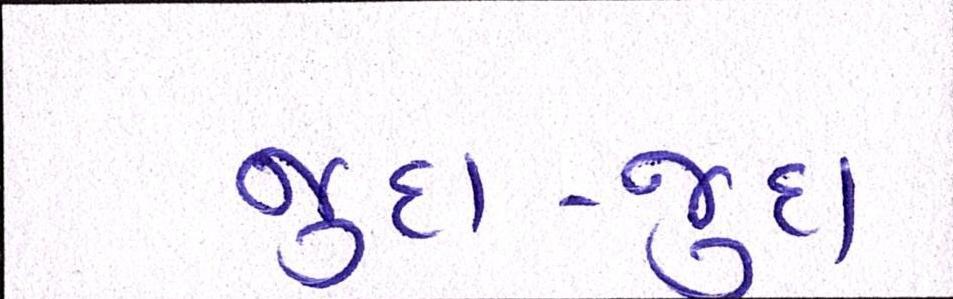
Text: જુદા-જુદા